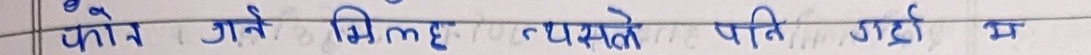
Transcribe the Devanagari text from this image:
फोन गर्ने मिल्छ यसलै प्रति गर्दै छ